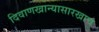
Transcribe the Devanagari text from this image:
दिवाणखान्यासारखाच